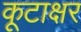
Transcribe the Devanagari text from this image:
कूटाक्षर